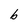
Character: b